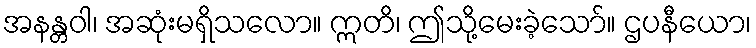
အနန္တဝါ၊ အဆုံးမရှိသလော။ ဣတိ၊ ဤသို့မေးခဲ့သော်။ ဌပနီယော၊